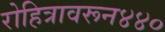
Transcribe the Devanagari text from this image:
रोहित्रावरून४४०